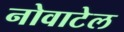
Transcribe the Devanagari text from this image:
नोवाटेल